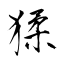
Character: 猱